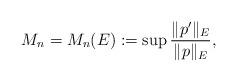
LaTeX: \begin{align*}M_n=M_n(E):=\sup \frac{\|p'\|_E}{\|p\|_E},\end{align*}